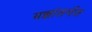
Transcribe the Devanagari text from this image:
यज्ञांतर्गत